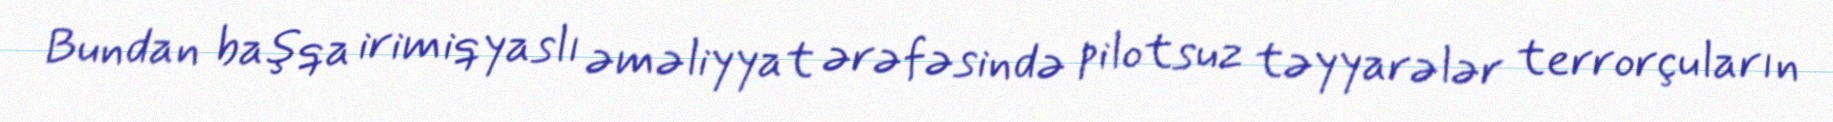
Bundan başqa irimiqyaslı əməliyyat ərəfəsində pilotsuz təyyarələr terrorçuların